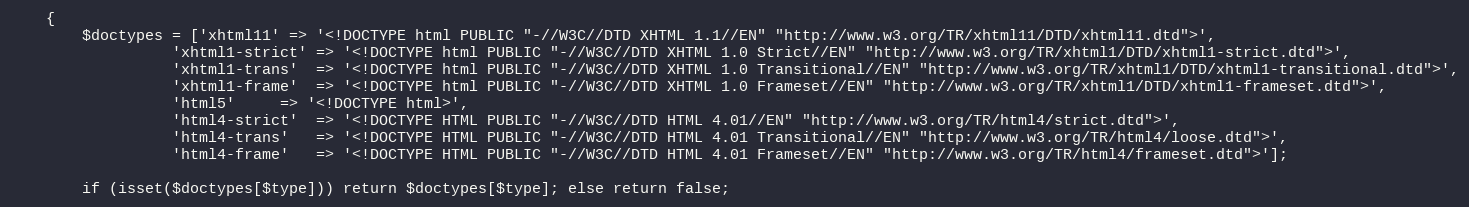
Language: PHP
    {
        $doctypes = ['xhtml11' => '<!DOCTYPE html PUBLIC "-//W3C//DTD XHTML 1.1//EN" "http://www.w3.org/TR/xhtml11/DTD/xhtml11.dtd">',
                  'xhtml1-strict' => '<!DOCTYPE html PUBLIC "-//W3C//DTD XHTML 1.0 Strict//EN" "http://www.w3.org/TR/xhtml1/DTD/xhtml1-strict.dtd">',
                  'xhtml1-trans'  => '<!DOCTYPE html PUBLIC "-//W3C//DTD XHTML 1.0 Transitional//EN" "http://www.w3.org/TR/xhtml1/DTD/xhtml1-transitional.dtd">',
                  'xhtml1-frame'  => '<!DOCTYPE html PUBLIC "-//W3C//DTD XHTML 1.0 Frameset//EN" "http://www.w3.org/TR/xhtml1/DTD/xhtml1-frameset.dtd">',
                  'html5'	  => '<!DOCTYPE html>',
                  'html4-strict'  => '<!DOCTYPE HTML PUBLIC "-//W3C//DTD HTML 4.01//EN" "http://www.w3.org/TR/html4/strict.dtd">',
                  'html4-trans'	  => '<!DOCTYPE HTML PUBLIC "-//W3C//DTD HTML 4.01 Transitional//EN" "http://www.w3.org/TR/html4/loose.dtd">',
                  'html4-frame'	  => '<!DOCTYPE HTML PUBLIC "-//W3C//DTD HTML 4.01 Frameset//EN" "http://www.w3.org/TR/html4/frameset.dtd">'];

        if (isset($doctypes[$type])) return $doctypes[$type]; else return false;